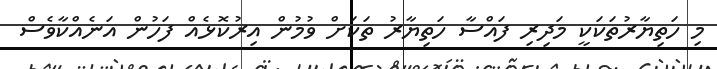
މި ހަތިޔާރުތަކަކީ މަދިރި ފައްސާ ހަތިޔާރު ތަކަށް ވުމުން އިރުކޮޅެއް ފަހުން އަނެއްކާވެސް